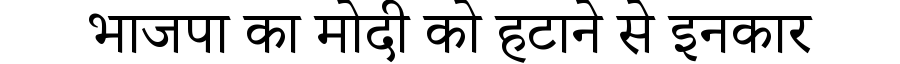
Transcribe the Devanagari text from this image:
भाजपा का मोदी को हटाने से इनकार